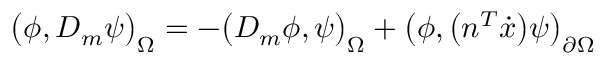
\big ( \phi , D _ { m } \psi \big ) _ { \Omega } = - \big ( D _ { m } \phi , \psi \big ) _ { \Omega } + \big ( \phi , \big ( n ^ { T } \dot { x } \big ) \psi \big ) _ { \partial \Omega }